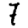
Digit: 7